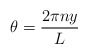
\begin{align*}\theta = {2\pi n y \over L}\end{align*}